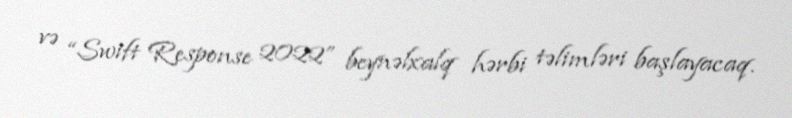
və “Swift Response 2022” beynəlxalq hərbi təlimləri başlayacaq.